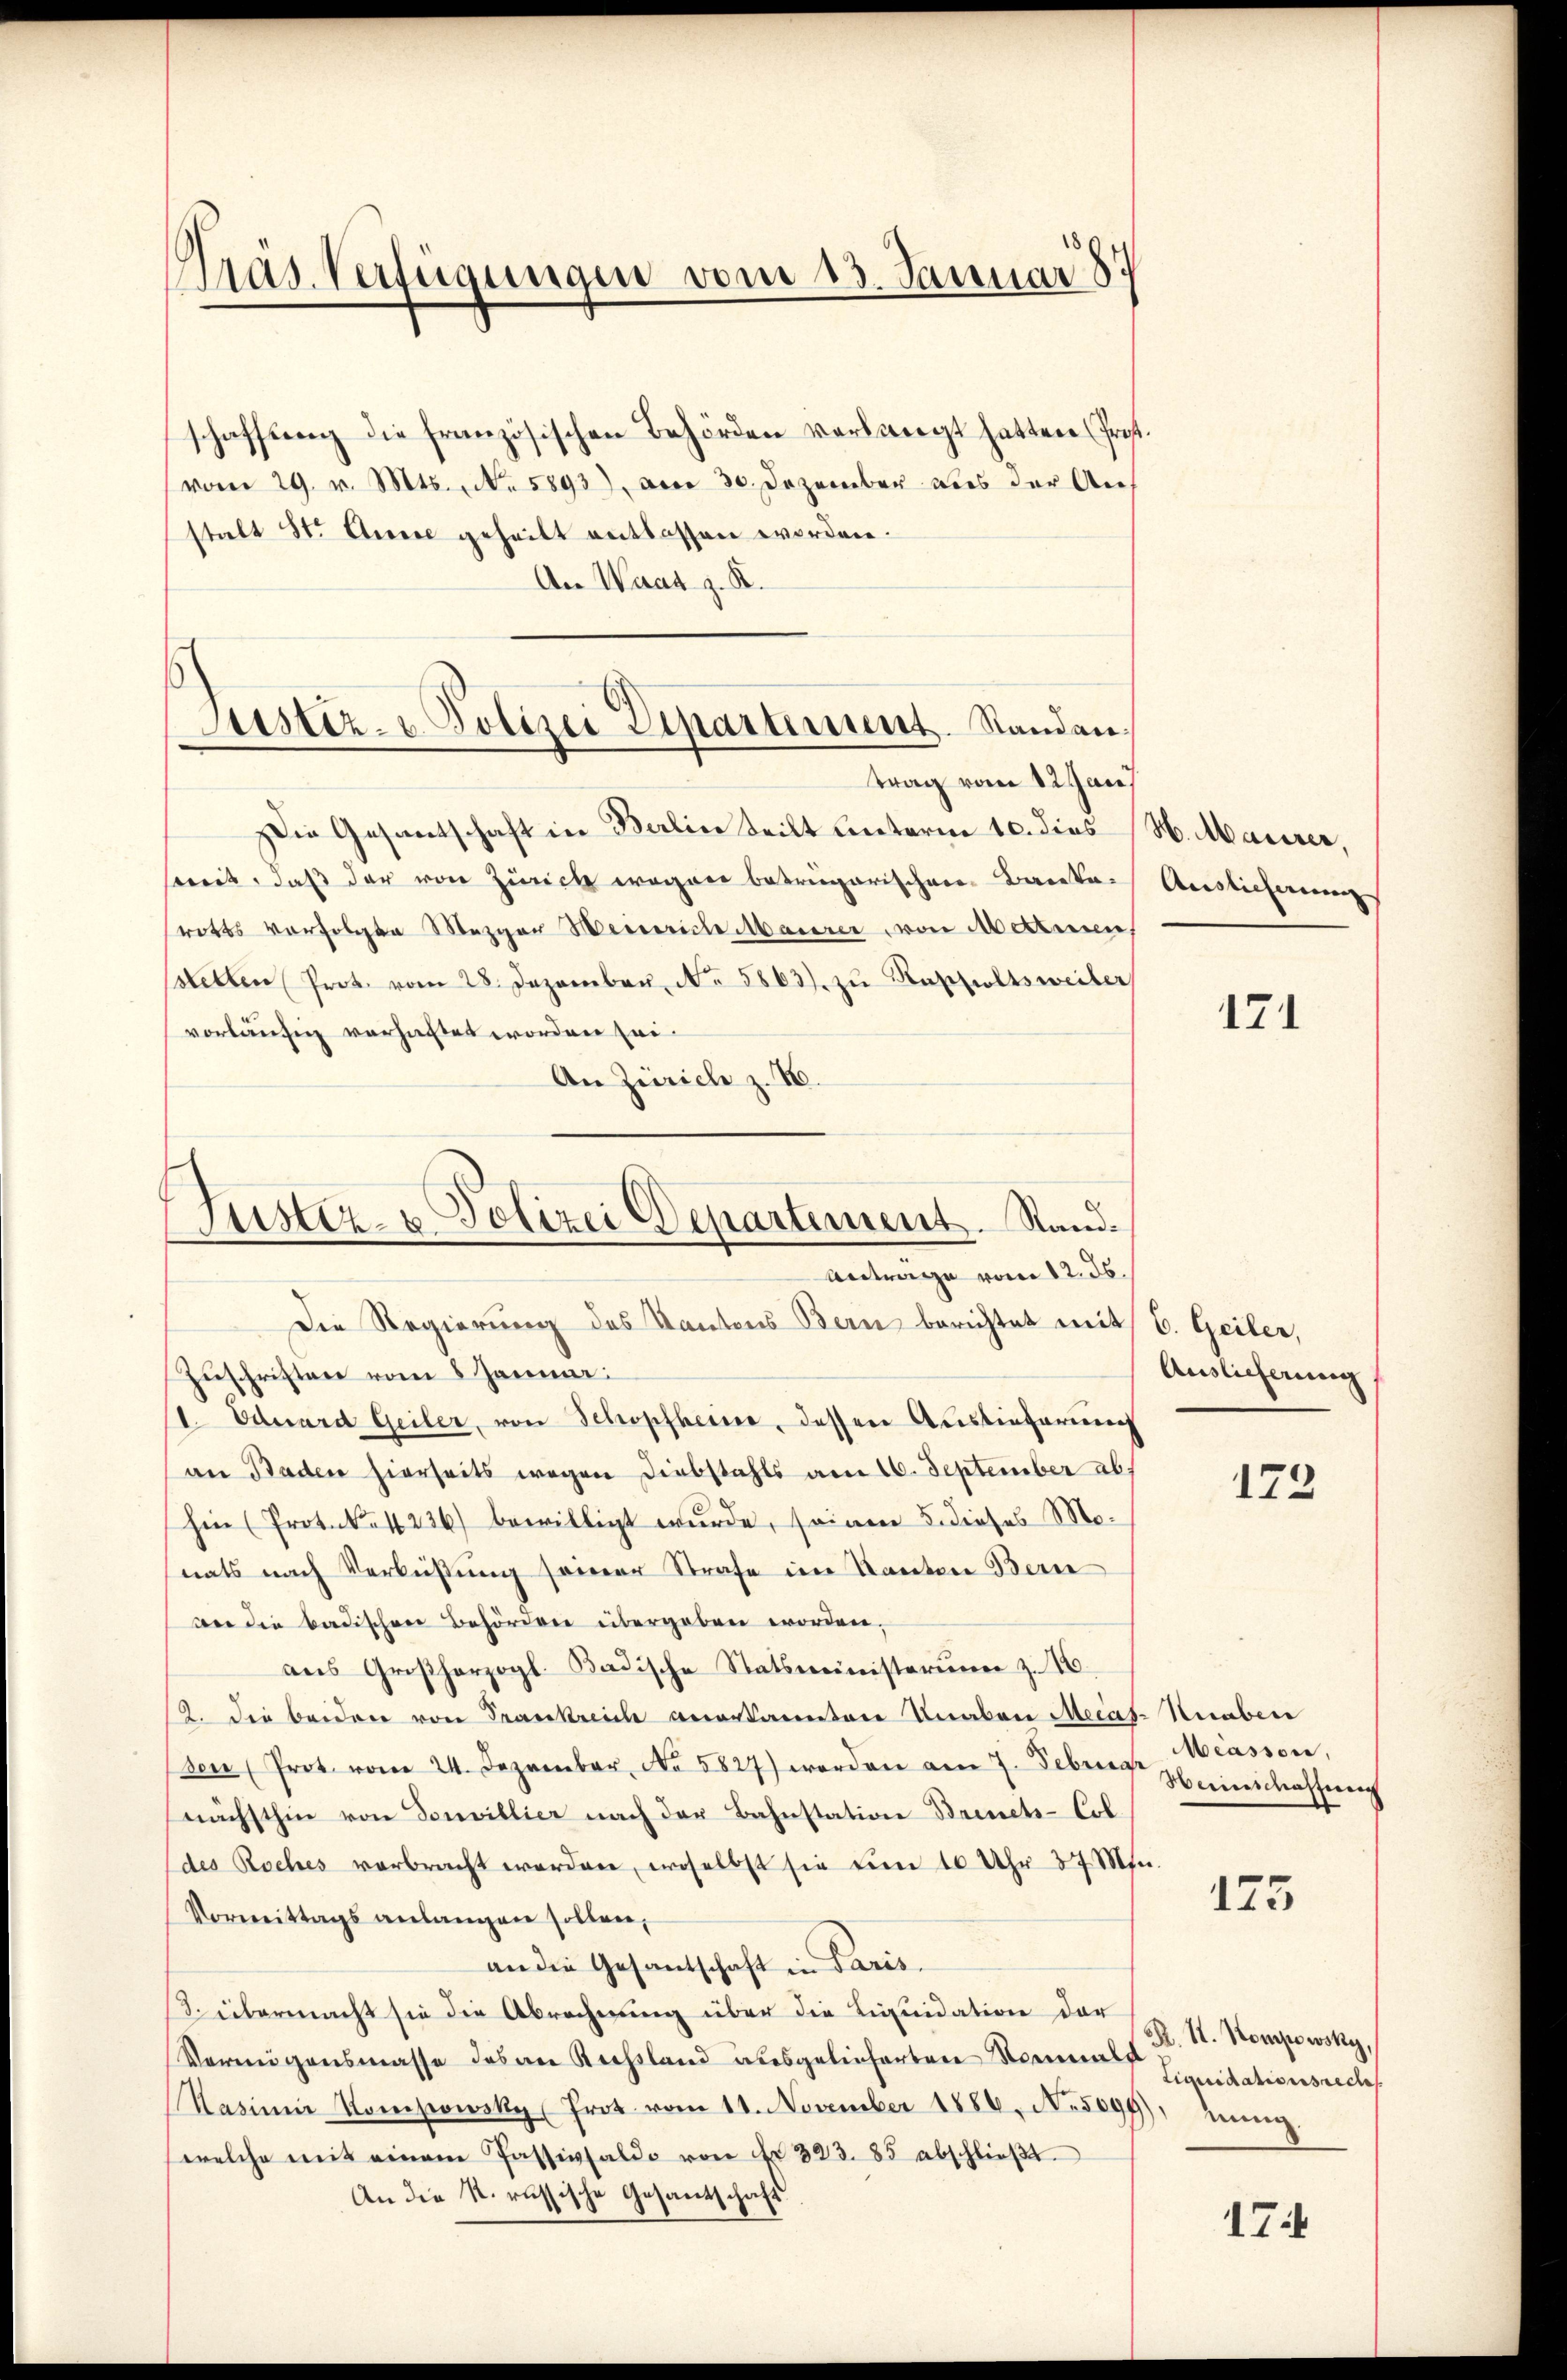
Präs. Verfügungen vom 13. Januar 187

schaffŭng die französischen Behörden verlangt hatten (Prost.
vom 29. v. Mts., No. 5893), am 30. Dezember aus der Anstalt St. Auge geheilt entlassen worden.
An Waar z. R.
trag vom 12. Jau
Die Gesamtschaft in Berlin teilt unterm 10. dies N. Maiser,
soweit, daß der von Zürich wegger betriegarischen Barnkerotts verfolgten Mezger Heinrich Maurer, von Mettmen
stetten Prot. vom 28. Dezember No. 5863). zu Rappoltsweiter
vorläufig verhaftet worden sei¬
An Zürich z. B.
Die Regierung des Kantons Bern berichtet mit 6. Geiler,
Zuschriften vom 8 Januar:
11. Eduard Geiler, von Schopfheime, dessen Auslieferung
an Baden hierseits wegen Diebstahls am 16. September ab
hin (Protokoll 236) bewilligt wurde, seinen 5. dieses Mo-
nats nach Verbüßung seiner Strafe im Kanton Bern
an die badischen Behörden übergeben worden.
aŭs Großherzogl. Badische Statsministerŭm z. 16.
12. die beiden von Frankreich anerkanntere Knaben Mecas-Neaber
(den (Prot. vom 24. Dezember, No 5827) werden am 7. Februar Miasson,
nächsthin von Douvillier nach der Bahnstation Brinets-Col
(des Roches verbracht worden, woselbst sie um 10 Uhr 37 Mn.
Vormittags anlangen sollen,
an die Gesandschaft in Paris.
S. übermacht sie die Abrechnung über die Liquidation der
Vermögensmasse des an Rechsland ausgelieferten Normals
Kasinne Kompowsky (Prot. vom 11. November 1886. No. 5099). Einz.
welche mit einem Passivsaldo von Fr. 323. 85 abschlieβt.
An die N. russische Gesandschaft

Justiz- u. Polizei Departement. Standen,

Justiz- & Polizei Departement. Sand¬
Antrage vom 12. ds.

Auslichung

171

Auslieferung

172

Weinschaffung

175

R. St. Kompowsky,
Liquidationsrech

174